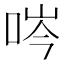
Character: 㖗